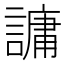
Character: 𮘶